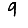
Digit: 9